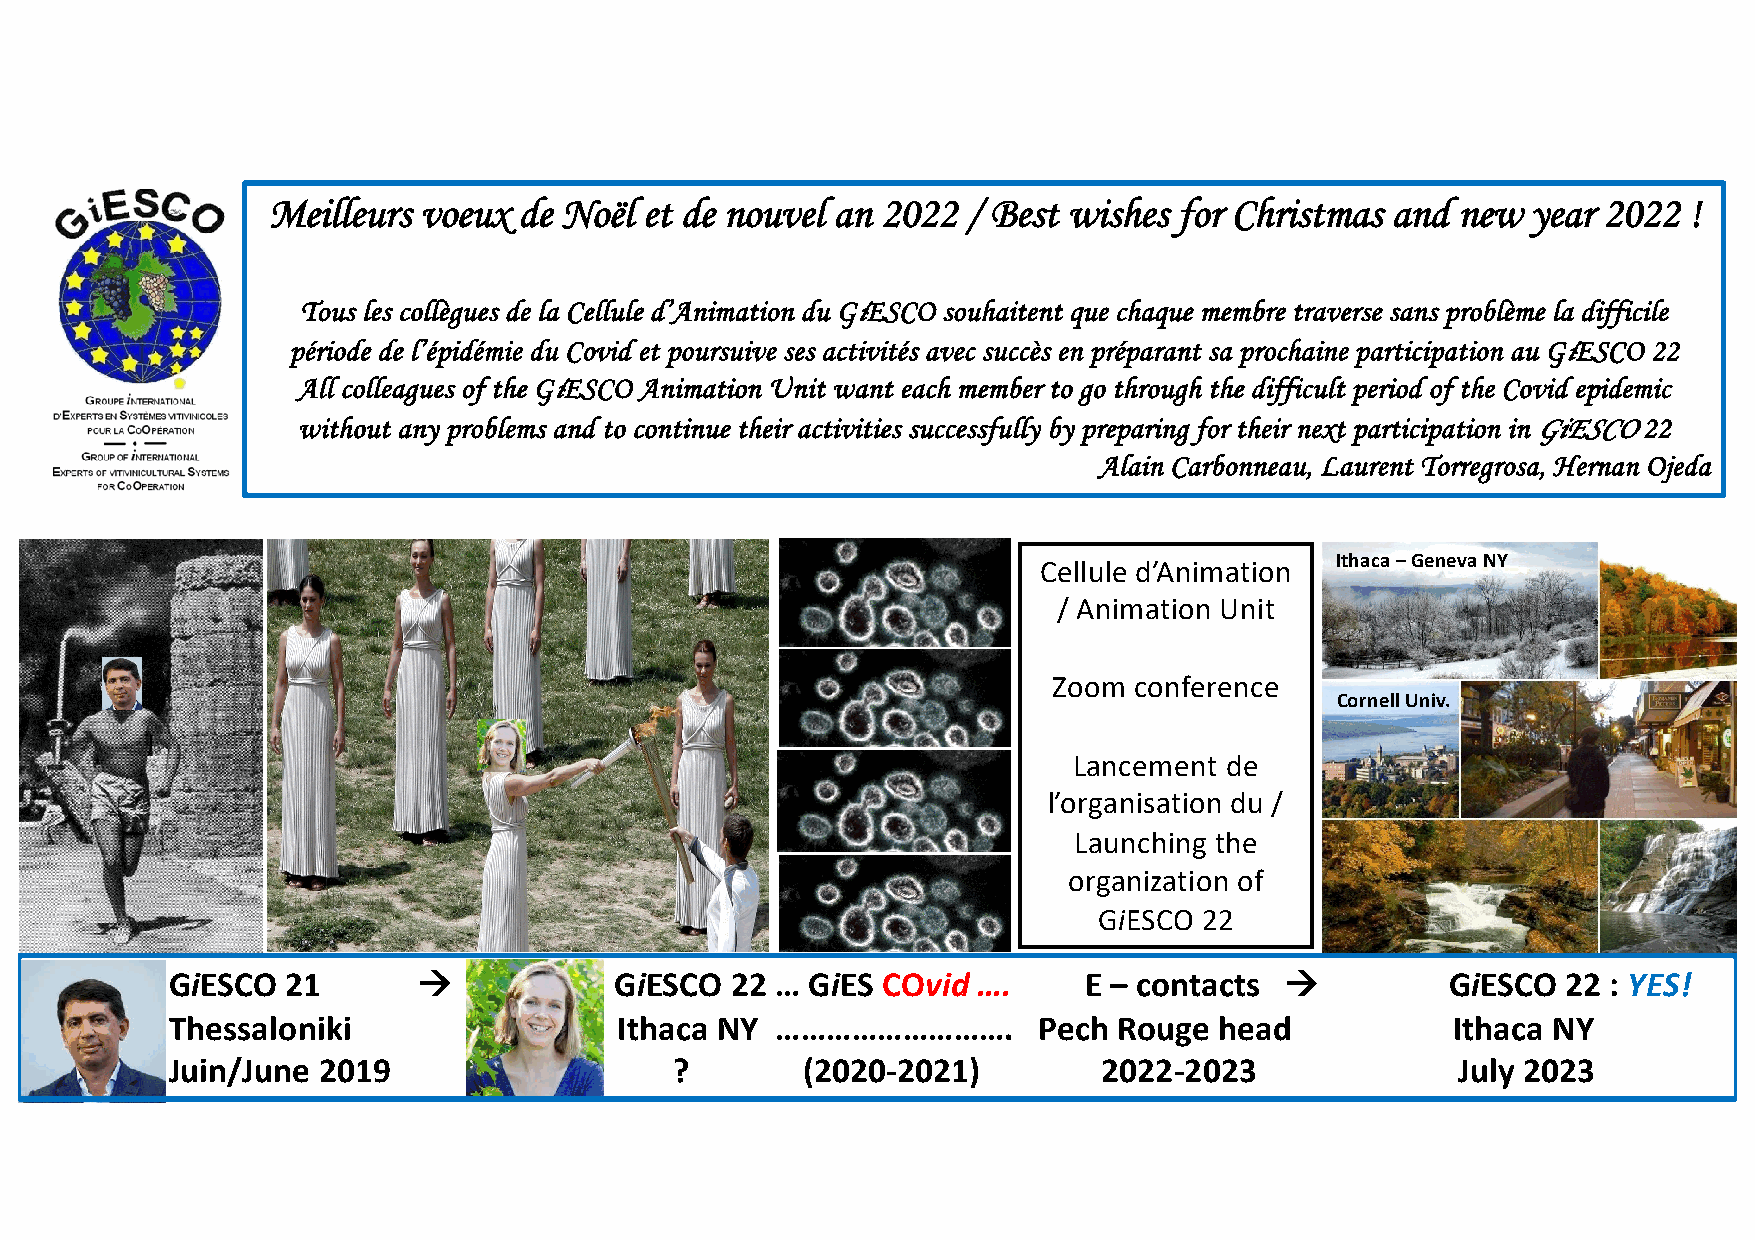
Meilleurs voeux de Noël  et de nouvel an 2022 / Best wishes for Christmas and new  year 2022  !
 Tous les collègues de la Cellule d’Animation du GiESCO souhaitent que chaque membre traverse sans problème la difficile
 période de l’épidémie du Covid et poursuive ses activités avec succès en préparant sa prochaine participation au GiESCO 22
 All colleagues of the GiESCO Animation Unit want each member to go through the difficult period of the Covid epidemic
 without any problems and to continue their activities successfully by preparing for their next participation in GiESCO22
 Alain Carbonneau, Laurent Torregrosa, Hernan Ojeda
 Ithaca –Geneva NY
 Cellule d’Animation
 / Animation Unit
 Zoom conference
 Cornell Univ.
 Lancement de
 l’organisation du /
 Launching the
 organization of
 GiESCO 22
 GiESCO  21       !            GiESCO 22 … GiES COvid  ….     E – contacts !          GiESCO  22 : YES!
 Thessaloniki                  Ithaca NY ……………………….        Pech Rouge  head           Ithaca NY
 Juin/June 2019                    ?       (2020-2021)         2022-2023              July 2023